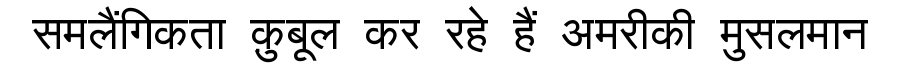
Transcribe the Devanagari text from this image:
समलैंगिकता क़ुबूल कर रहे हैं अमरीकी मुसलमान